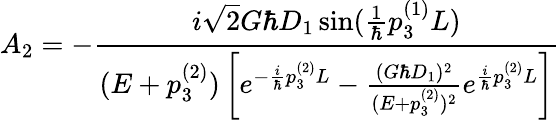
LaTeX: A_{2}=-\frac{i\sqrt{2}G\hbar D_{1}\sin(\frac{1}{\hbar}p_{3}^{(1)}L)}{(E+p_{3}^{(2)})\left[e^{-\frac{i}{\hbar}p_{3}^{(2)}L}-\frac{(G\hbar D_{1})^{2}}{(E+p_{3}^{(2)})^{2}}e^{\frac{i}{\hbar}p_{3}^{(2)}L}\right]}